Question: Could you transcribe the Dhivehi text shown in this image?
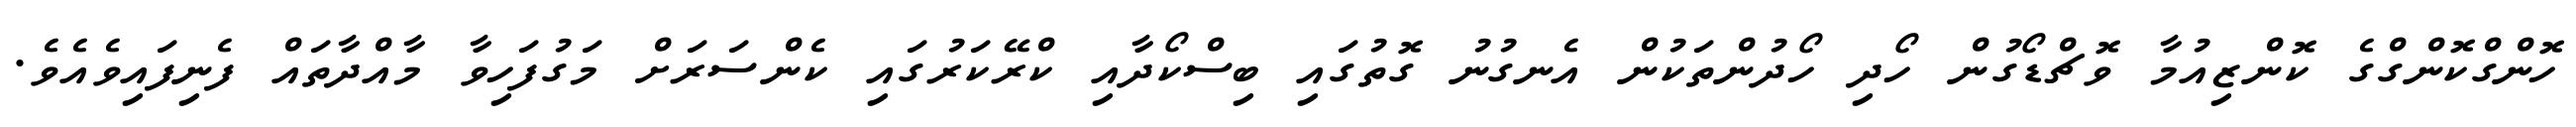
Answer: ހޮންގްކޮންގްގެ ކޮންޒިއުމާ ވޮޗްޑޯގުން ހޯދި ހޯދުންތަކުން އެނގުނު ގޮތުގައި ބިސްކޯދާއި ކްރޭކަރުގައި ކެންސަރަށް މަގުފަހިވާ މާއްދާތައް ފެނިފައިވެއެވެ.